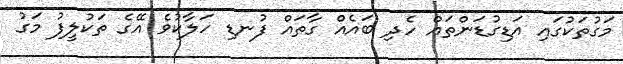
މަގުތަކުގައި އަޑިގުޑަންތައް ހެދި ބައެއް ގާތައް ފުނޑި ހަލާކުވެ އޭގެ ތަކުލީފު މަގު